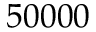
5 0 0 0 0